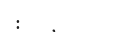
: